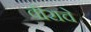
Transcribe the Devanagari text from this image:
वीराचे